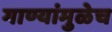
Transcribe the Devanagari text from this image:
गाण्यांमुळेच